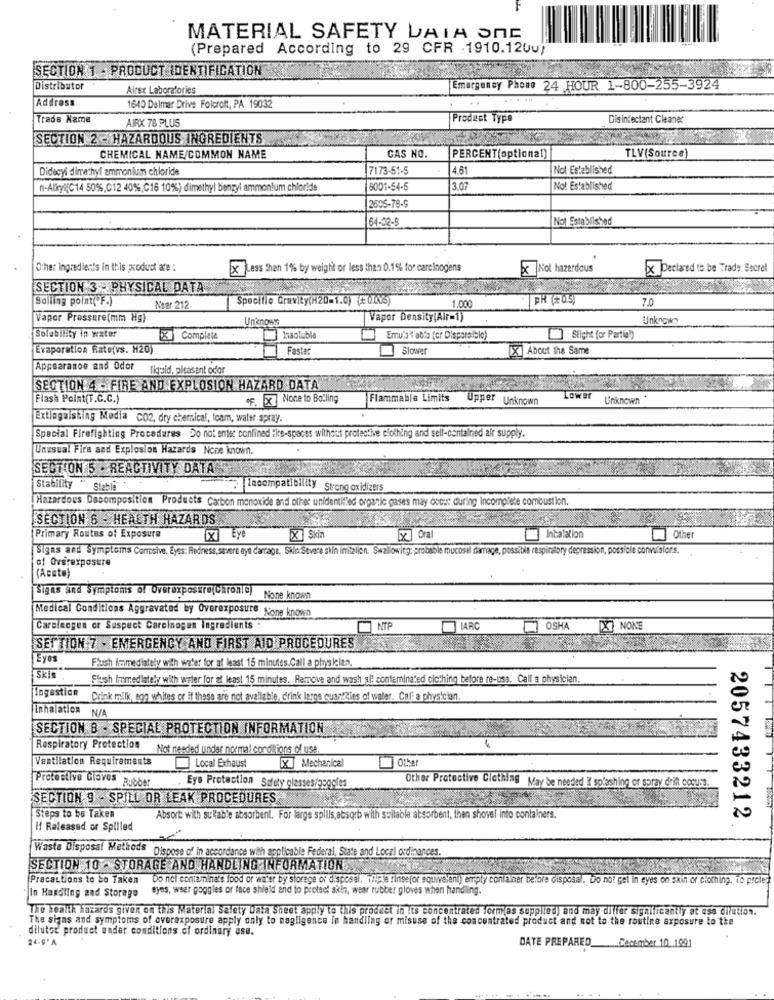
MATERIAL SAFETY DAIA ONE
(Prepared According to 29 CFR .1910.120u)
SECTION 1 - PRODUCT IDENTIFICATION
Distributor
Airex Laboratories
Emergency Phone 24 HOUR 1-800-255-3924
Address
..
1640 Delmar Drive Folcroft, PA 19032
Trade Name
AIRX 78 PLUS
Product Type
Disinfectant Cleaner
SECTION 2 - HAZARDOUS INGREDIENTS
CAS NO.
CHEMICAL NAME/COMMON NAME
PERCENT(optional)
TLV(Source)
Didecyi dimethyl ammonium chloride
7173-51-5
4.61
Not Established
n-Alicyl(C14 50%,C12 40%, C 16 10%) dimethyl benzyl ammonium chloride
6001-54-5
3.07
Not Established
2605-78-9
64-02-5
Not Established
Other ingredients in this xodud are :
Less than 1% by weight or less than 0.1% for carcinogens
X
Not hazardous
x Declared to be Trade Secret
SECTION 3 - PHYSICAL DATA
Boiling point( F.)
Specific Gravity(H20=1.0) (+0006)
70
Near 212
1.000
Vapor Pressure(mm Hg)
Unknown
Vapor Density(Air=1)
Unknown
Solubility in water
[X] Complete
Insoluble
Emu'al'abfa (or Disparalelo)
Slight (or Partial)
Evaporation Rate(vs. H20)
Faste
Slower
X About the Same
Appearance and Odor
liquid, pleasant odor
SECTION 4 - FIRE AND EXPLOSION HAZARD DATA
Flash Point(T.C.C.)
"F. x None to Bolling
Flammable Limits
Upper Unknown
Lower
Unknown
Extinguishing Media CO2, dry chemical, foam, water spray.
Special Firefighting Procedures Do not enter confined Ele-spaces without protective clothing and sell-contained air supply.
Unusual Fir's and Explosion Hazards Nope known.
SECTION 5 . REACTIVITY DATA
Stability " siable
Incompatibility Strong oxidizers
Hazardous Decomposition Products Carbon monoxide and other unidentified organic gases may doout during incomplete combustion.
SECTION 6 - HEALTH HAZARDS
Eye
x Ora
Intalation
Primary Routes of Exposure
[x]
x] Eye
X Skin
Other
Signs and Symptoms Corrosive. Eyes: Redness, severe eye Carcage. Sklir Severe siin imitalion. Swallowing: probable mucosal damage, possible respiratory depression, possible conwi sions.
of Overexposure
(Aceto)
Signs and Symptoms of Overexposure(Chronla)
None known
Medical Conditions Aggravated by Overexposure None known
Carcinogen or Suspect Carcinogen ingredients :
NTP
LARC
OSHA
IXNONE
SETTION 7 - EMERGENCY AND FIRST AID PROCEDURES
Eyes
Flush Immediately with water for at least 15 minutes. Call a physlelan.
Skis
Flush Immediately with weler for at least 15 minutes. Remove and wash al: contaminated clothing before re-uss. Call a physician.
Ingestion
Crink milk, egg whites or if these are not available, drink leros quartzies of water. Cali a physician.
Inhalation
SECTION B . SPECIAL PROTECTION INFORMATION
Respiratory Protection
Not needed under normal conditions of use.
Ventilation Requirements
Local Exhaust
[X ] Mechanical
Other
Protective Gloves
Rubber
Eye Protection Safety glasses/jegoles
Other Protective Clothing May be needed Il splashing or spray drift cocu:s.
SECTION 9 - SPILL OR LEAK PROCEDURES
Steps to be Taken
Absort with sullab'e absorbent. For large spills, absorb with suitable absorbent, then shovel into containers.
2057433212
If Raleased or Spilled
Waste Disposal Methods
Dispose of in accordance with applicable Federal, State and Local ordinances.
SECTION 10 - STORAGE AND HANDLING INFORMATION
Precautions to be Taken
Do not contaminate food or water by storage of disposal. ilede rinsefor equivalent) empty confather before disposal. Do not get in eyes on skin or clothing. 10 prole?
eyes, wser goggles or face shield and to protect akin, wear rubber gloves when handling.
"In Handling and Storage
The health hazards given on this Material safety Data Sheet apply to this product in its concentrated formas supplied) and may differ significantly at uss dilution.
The signs and symptoms of overexposure apply only to nagligence in handling or misuse of the concentrated product and not to the routine exposure to the
diluted' product under conditions of ordinary ase.
24-9'A
DATE PREPARED_December 10. 1991